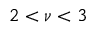
2 < \nu < 3